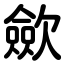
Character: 歛